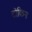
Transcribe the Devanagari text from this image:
टोकिन